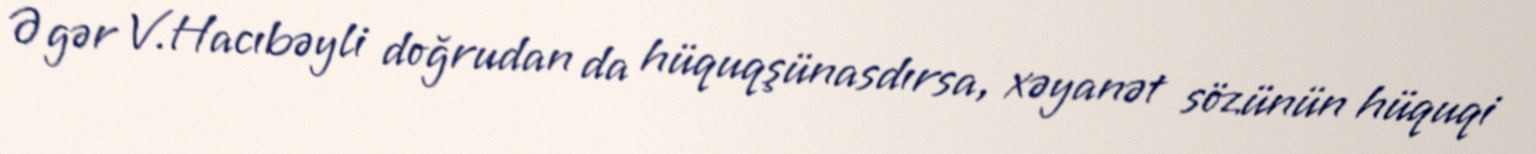
Əgər V.Hacıbəyli doğrudan da hüquqşünasdırsa, xəyanət sözünün hüquqi